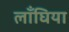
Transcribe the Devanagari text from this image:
लाँघिया